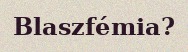
Blaszfémia?